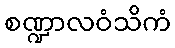
စဏ္ဍာလဝံသိကံ